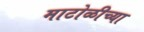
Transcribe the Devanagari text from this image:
माटोळीच्या